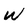
Character: W